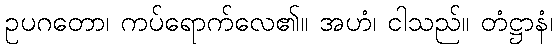
ဥပဂတော၊ ကပ်ရောက်လေ၏။ အဟံ၊ ငါသည်။ တံဋ္ဌာနံ၊